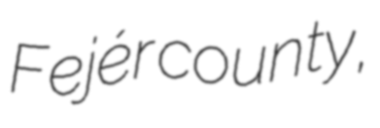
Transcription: Fejér county,